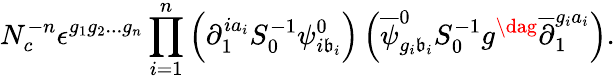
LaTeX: N_{c}^{-n}\epsilon^{g_{1}g_{2}...g_{n}}\prod_{i=1}^{n}\left(\partial_{1}^{ia_{i}}S_{0}^{-1}\psi_{i\mathfrak{b}_{i}}^{0}\right)\left(\overline{{{{\psi}}}}_{g_{i}\mathfrak{b}_{i}}^{0}S_{0}^{-1}g^{\dag}\overline{{{{\partial}}}}_{1}^{g_{i}a_{i}}\right).